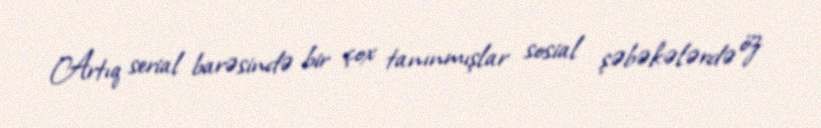
Artıq serial barəsində bir çox tanınmışlar sosial şəbəkələrdə öz